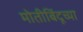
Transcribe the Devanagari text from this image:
मोतीबिंदूच्या